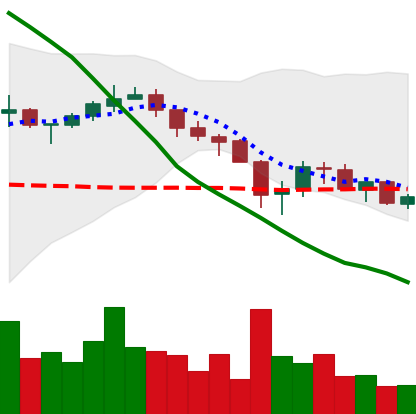
Ticker: XRP-USD
Chart end date: 2018-05-18
Forward return: -11.863%
Label: down_7plus